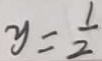
y = \frac { 1 } { 2 }